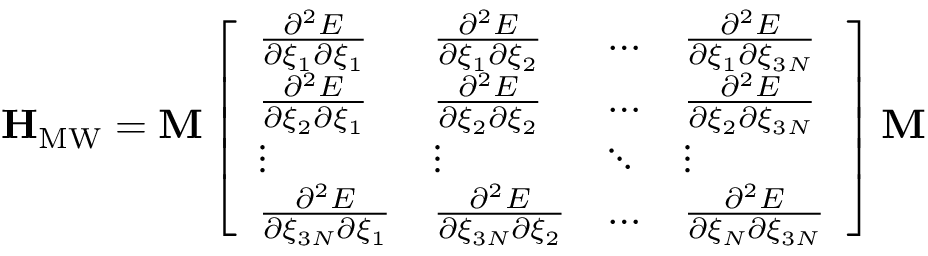
\mathbf { H } _ { \mathrm { M W } } = \mathbf { M } \left[ \begin{array} { l l l l } { \frac { \partial ^ { 2 } E } { \partial \xi _ { 1 } \partial \xi _ { 1 } } } & { \frac { \partial ^ { 2 } E } { \partial \xi _ { 1 } \partial \xi _ { 2 } } } & { \ldots } & { \frac { \partial ^ { 2 } E } { \partial \xi _ { 1 } \partial \xi _ { 3 N } } } \\ { \frac { \partial ^ { 2 } E } { \partial \xi _ { 2 } \partial \xi _ { 1 } } } & { \frac { \partial ^ { 2 } E } { \partial \xi _ { 2 } \partial \xi _ { 2 } } } & { \ldots } & { \frac { \partial ^ { 2 } E } { \partial \xi _ { 2 } \partial \xi _ { 3 N } } } \\ { \vdots } & { \vdots } & { \ddots } & { \vdots } \\ { \frac { \partial ^ { 2 } E } { \partial \xi _ { 3 N } \partial \xi _ { 1 } } } & { \frac { \partial ^ { 2 } E } { \partial \xi _ { 3 N } \partial \xi _ { 2 } } } & { \ldots } & { \frac { \partial ^ { 2 } E } { \partial \xi _ { N } \partial \xi _ { 3 N } } } \end{array} \right] \mathbf { M }